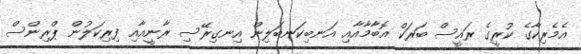
އެމެރިކާގެ ކުރީގެ ރައީސް ބަރަކް އޮބާމާއާއި އަނބިކަނބަލިން އިނގިރޭސި ރާނީއާއި ފިރިކަލުން ޕްރިންސް